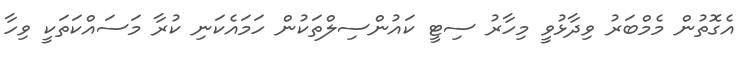
އެގޮތުން މެމްބަރު ވިދާޅުވީ މިހާރު ސިޓީ ކައުންސިލްތަކުން ހަމައެކަނި ކުރާ މަސައްކަތަކީ ވިހާ